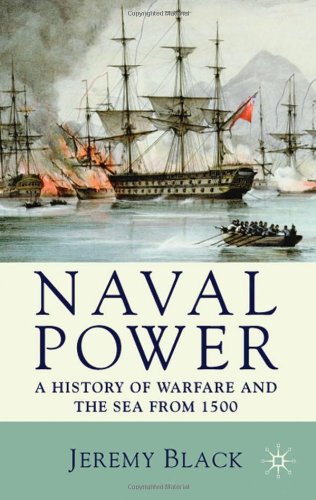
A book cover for Naval Power: A History of Warfare and the Sea from 1500 Onwards; Jeremy Black; History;